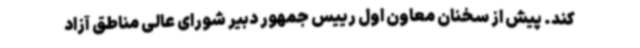
کند. پیش از سخنان معاون اول رییس جمهور دبیر شورای عالی مناطق آزاد